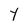
Character: Y